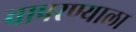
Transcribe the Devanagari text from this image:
वापरण्याला